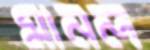
মানল